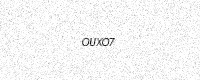
Text: OUXO7